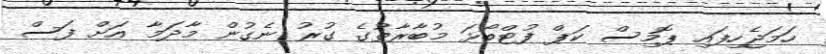
ހަމަޖެހިފައި ޕޮމިސް ކަޕް ފުޓްބޯޅަ މުބާރާތުގެ ގުރު ނެގުން މާދަމާ އަށް ފަސް